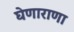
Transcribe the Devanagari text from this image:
घेणाराणा